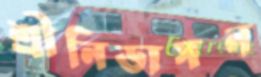
শ্রীনিভাসন